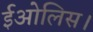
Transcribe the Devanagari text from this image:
ईओलिस।